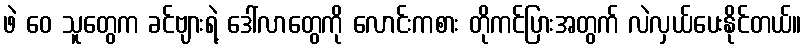
ဖဲ ဝေ သူတွေက ခင်ဗျားရဲ့ ဒေါ်လာတွေကို လောင်းကစား တိုကင်ပြားအတွက် လဲလှယ်ပေးနိုင်တယ်။